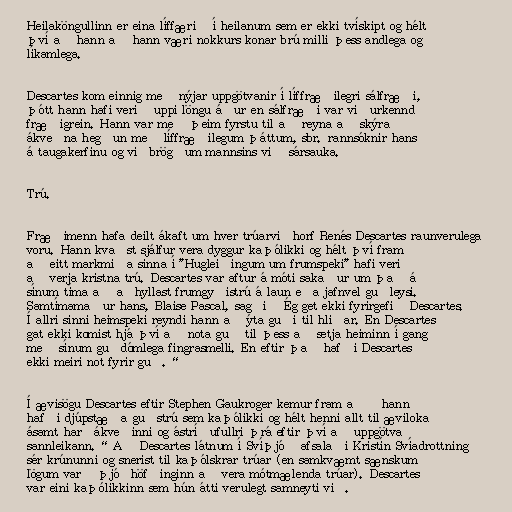
Heilaköngullinn er eina líffærið í heilanum sem er ekki tvískipt og hélt
því að hann að hann væri nokkurs konar brú milli þess andlega og
líkamlega.

Descartes kom einnig með nýjar uppgötvanir í líffræðilegri sálfræði,
þótt hann hafi verið uppi löngu áður en sálfræði var viðurkennd
fræðigrein. Hann var með þeim fyrstu til að reyna að skýra
ákveðna hegðun með líffræðilegum þáttum, sbr. rannsóknir hans
á taugakerfinu og viðbrögðum mannsins við sársauka.

Trú.

Fræðimenn hafa deilt ákaft um hver trúarviðhorf Renés Descartes raunverulega
voru. Hann kvaðst sjálfur vera dyggur kaþólikki og hélt því fram
að eitt markmiða sinna í "Hugleiðingum um frumspeki" hafi verið
að verja kristna trú. Descartes var aftur á móti sakaður um það á
sínum tíma að aðhyllast frumgyðistrú á laun eða jafnvel guðleysi.
Samtímamaður hans, Blaise Pascal, sagði „Ég get ekki fyrirgefið Descartes.
Í allri sinni heimspeki reyndi hann að ýta guði til hliðar. En Descartes
gat ekki komist hjá því að nota guð til þess að setja heiminn í gang
með sínum guðdómlega fingrasmelli. En eftir það hafði Descartes
ekki meiri not fyrir guð.“

Í ævisögu Descartes eftir Stephen Gaukroger kemur fram að „hann
hafði djúpstæða guðstrú sem kaþólikki og hélt henni allt til æviloka
ásamt harðákveðinni og ástríðufullri þrá eftir því að uppgötva
sannleikann.“ Að Descartes látnum í Svíþjóð afsalaði Kristín Svíadrottning
sér krúnunni og snerist til kaþólskrar trúar (en samkvæmt sænskum
lögum varð þjóðhöfðinginn að vera mótmælenda trúar). Descartes
var eini kaþólikkinn sem hún átti verulegt samneyti við.